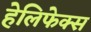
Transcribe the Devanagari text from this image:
हेलिफेक्स